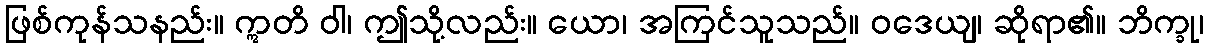
ဖြစ်ကုန်သနည်း။ ဣတိ ဝါ၊ ဤသို့လည်း။ ယော၊ အကြင်သူသည်။ ဝဒေယျ၊ ဆိုရာ၏။ ဘိက္ခု၊